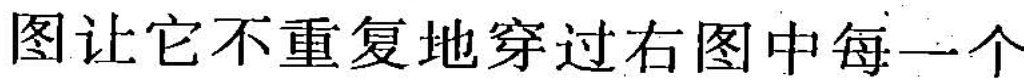
图让它不重复地穿过右图中每一个